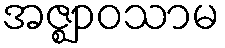
အဇ္ဈာဝသာမ